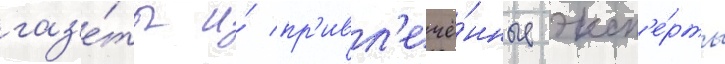
газ'е́ты и́ пр'ивл'ечё́нные эксп'е́рты